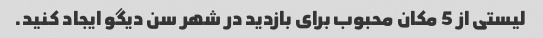
لیستی از 5 مکان محبوب برای بازدید در شهر سن دیگو ایجاد کنید.